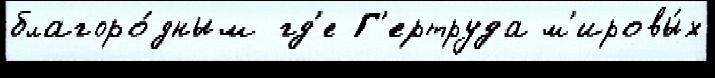
благоро́дным гд'е Г'ертруда м'ировы́х